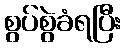
စွပ်စွဲခံရပြီး